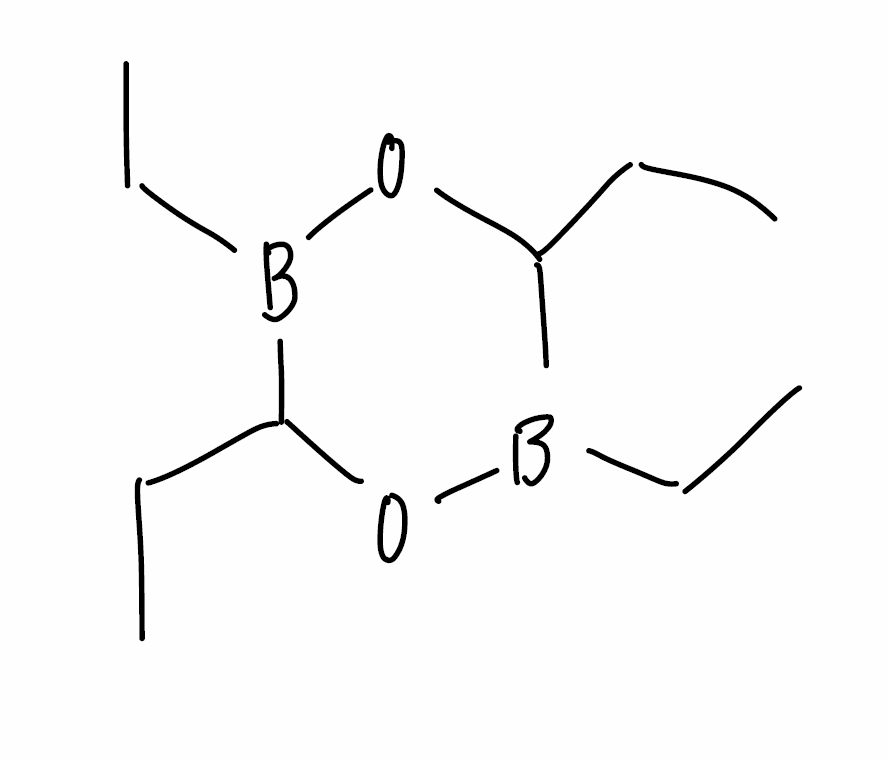
Simplified molecular-input line-entry system (SMILES) notation of the given molecule:
B1(C(OB(C(O1)CC)CC)CC)CC